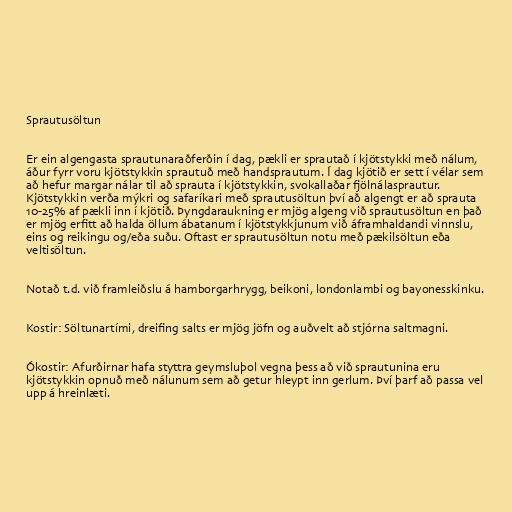
Sprautusöltun

Er ein algengasta sprautunaraðferðin í dag, pækli er sprautað í kjötstykki með nálum,
áður fyrr voru kjötstykkin sprautuð með handsprautum. Í dag kjötið er sett í vélar sem
að hefur margar nálar til að sprauta í kjötstykkin, svokallaðar fjölnálasprautur.
Kjötstykkin verða mýkri og safaríkari með sprautusöltun því að algengt er að sprauta
10-25% af pækli inn í kjötið. Þyngdaraukning er mjög algeng við sprautusöltun en það
er mjög erfitt að halda öllum ábatanum í kjötstykkjunum við áframhaldandi vinnslu,
eins og reikingu og/eða suðu. Oftast er sprautusöltun notu með pækilsöltun eða
veltisöltun.

Notað t.d. við framleiðslu á hamborgarhrygg, beikoni, londonlambi og bayonesskinku.

Kostir: Söltunartími, dreifing salts er mjög jöfn og auðvelt að stjórna saltmagni.

Ókostir: Afurðirnar hafa styttra geymsluþol vegna þess að við sprautunina eru
kjötstykkin opnuð með nálunum sem að getur hleypt inn gerlum. Því þarf að passa vel
upp á hreinlæti.